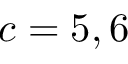
c = 5 , 6